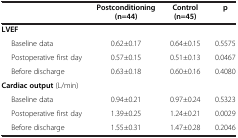
<table><thead><tr><td><b> </b></td><td><b>Postconditioning (n=44)</b></td><td><b>Control (n=45)</b></td><td><b>p</b></td></tr></thead><tbody><tr><td><b>LVEF</b></td><td> </td><td> </td><td> </td></tr><tr><td>Baseline data</td><td>0.62±0.17</td><td>0.64±0.15</td><td>0.5575</td></tr><tr><td>Postoperative first day</td><td>0.57±0.15</td><td>0.51±0.13</td><td>0.0467</td></tr><tr><td>Before discharge</td><td>0.63±0.18</td><td>0.60±0.16</td><td>0.4080</td></tr><tr><td><b>Cardiac output</b> (L/min)</td><td> </td><td> </td><td> </td></tr><tr><td>Baseline data</td><td>0.94±0.21</td><td>0.97±0.24</td><td>0.5323</td></tr><tr><td>Postoperative first day</td><td>1.39±0.25</td><td>1.24±0.21</td><td>0.0029</td></tr><tr><td>Before discharge</td><td>1.55±0.31</td><td>1.47±0.28</td><td>0.2046</td></tr></tbody></table>